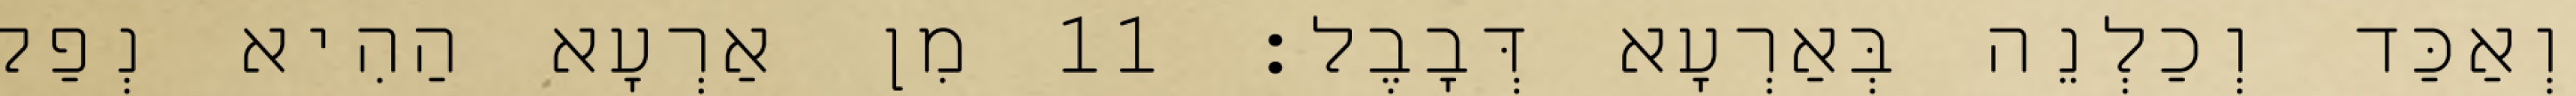
וְאַכַּד וְכַלְנֵה בְּאַרְעָא דְּבָבֶל׃ 11 מִן אַרְעָא הַהִיא נְפַק